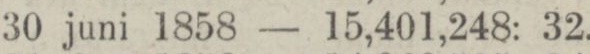
„ 30 juni 1858 — 15,401,248: 32.